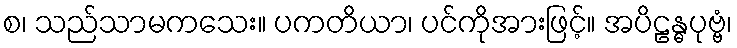
စ၊ သည်သာမကသေး။ ပကတိယာ၊ ပင်ကိုအားဖြင့်။ အပိဠန္ဓပုဗ္ဗံ၊